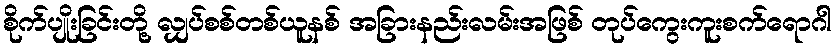
စိုက်ပျိုးခြင်းတို့ လျှပ်စစ်တစ်ယူနစ် အခြားနည်းလမ်းအဖြစ် တုပ်ကွေးကူးစက်ရောဂါ